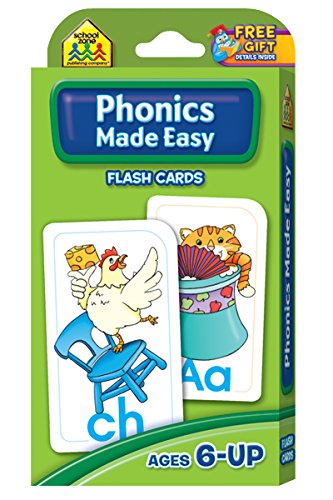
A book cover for Phonics Made Easy Flash Cards; School Zone Publishing Company Staff; Children's Books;